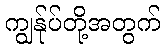
ကျွန်ုပ်တို့အတွက်